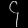
Digit: ၄